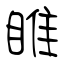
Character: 睢